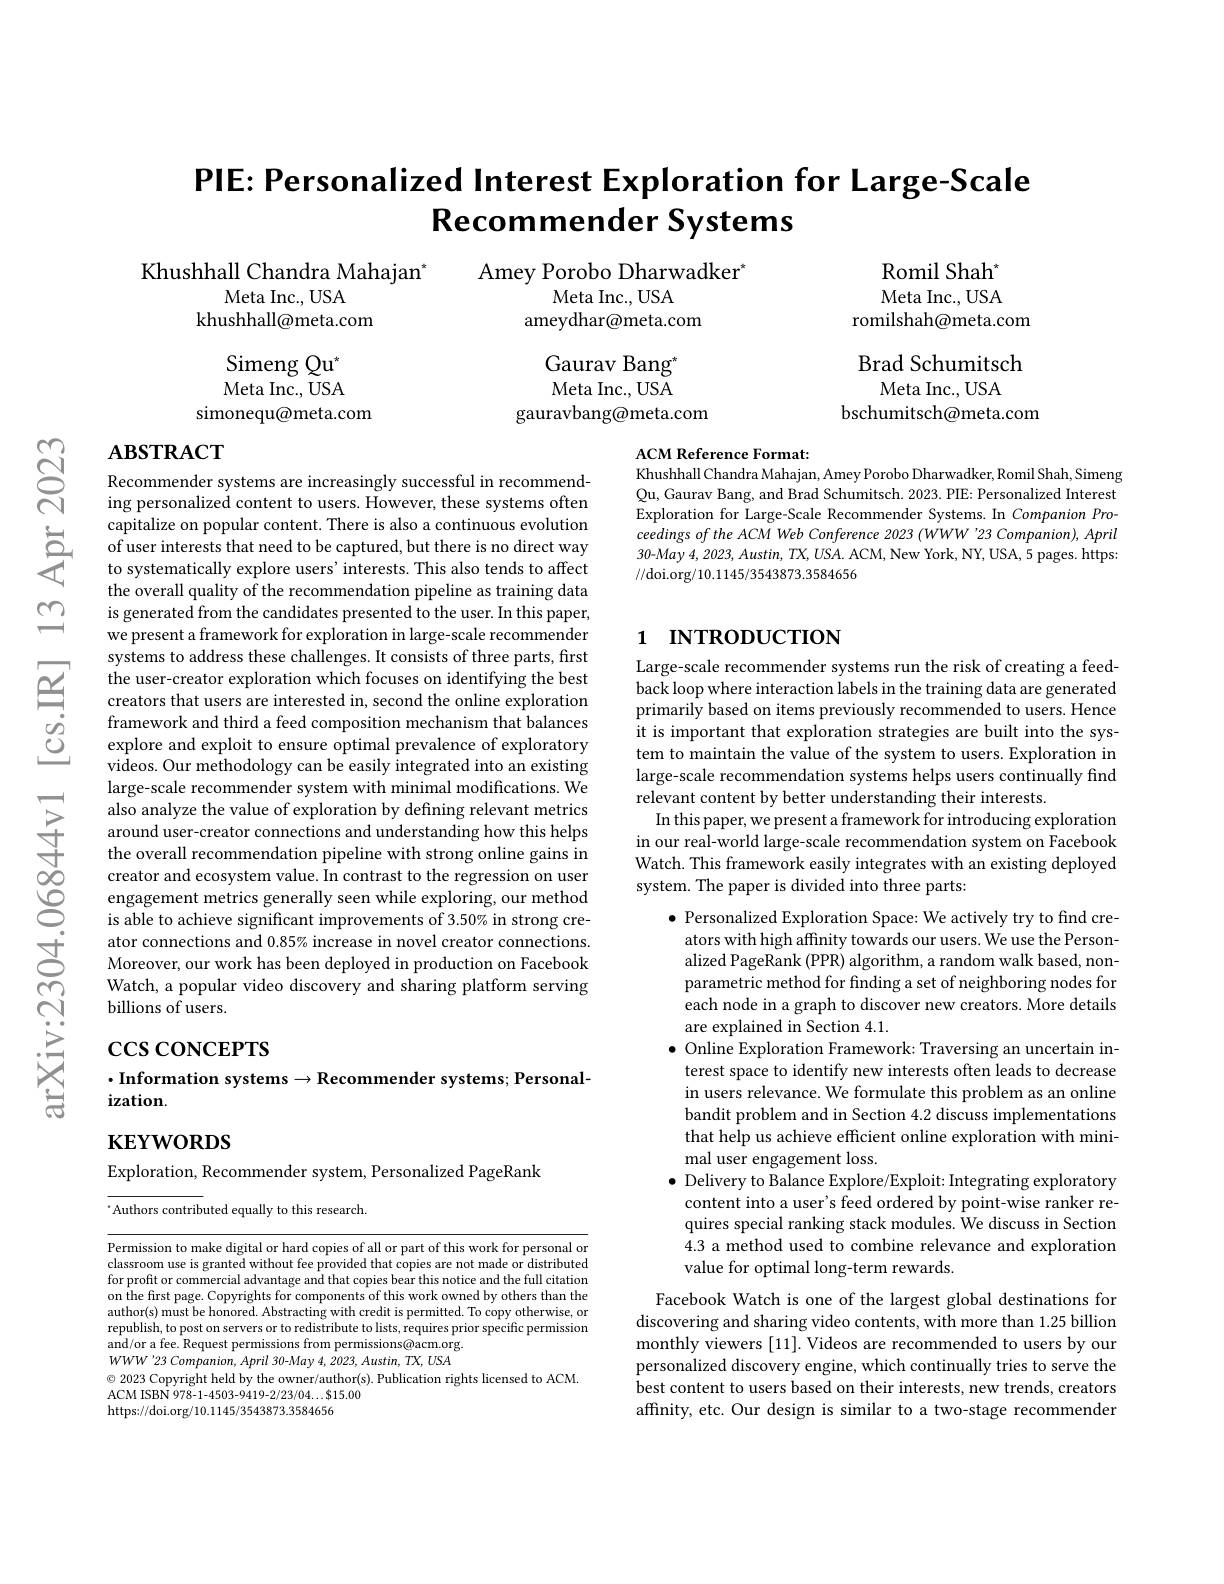
$ଟ୍ରି$

# PIE: Personalized Interest Exploration for Large-Scale $\textbf{Recommender Systems}$

Khushhall Chandra Mahajan$^{*}$
Meta Inc., USA
khushhall@meta.com

Amey Porobo Dharwadker$^*$
Meta Inc., USA
ameydhar@meta.com

$\mathrm{Romil~Shah}^{*}$ Meta Inc., USA
romilshah@meta.com

Brad Schumitsch
Meta Inc., USA

Simeng Qu$^*$ Meta Inc., USA
simonequ@meta.com

Gaurav Bang$^{*}$ Meta Inc., USA
gauravbang@meta.com

bschumitsch@meta.com

# AвзтRACT

### ACM Reference Format:
Khushhall Chandra Mahajan, Amey Porobo Dharwadker, Romil Shah, Simeng

Qu, Gaurav Bang, and Brad Schumitsch. 2023. PIE: Personalized Interest Exploration for Large-Scale Recommender Systems. In Companion Proceedings of the ACM Web Conference 2023 (WWW '23 Companion), April 30-May 4, 2023, Austin, TX, USA. ACM, New York, NY, USA, 5 pages. https: //doi.org/10.1145/3543873.3584656

# 1 INTRODUCTION

Recommender systems are increasingly successful in recommending personalized content to users. However, these systems often capitalize on popular content. There is also a continuous evolution
the overall quality of the recommendation pipeline as training data is generated from the candidates presented to the user. In this paper, we present a framework for exploration in large-scale recommender systems to address these challenges. It consists of three parts, first the user-creator exploration which focuses on identifying the best creators that users are interested in, second the online exploration framework and third a feed composition mechanism that balances explore and exploit to ensure optimal prevalence of exploratory videos. Our methodology can be easily integrated into an existing large-scale recommender system with minimal modifications. We also analyze the value of exploration by defining relevant metrics around user-creator connections and understanding how this helps the overall recommendation pipeline with strong online gains in creator and ecosystem value. In contrast to the regression on user engagement metrics generally seen while exploring, our method is able to achieve significant improvements of 3.50% in strong creator connections and 0.85% increase in novel creator connections. Moreover, our work has been deployed in production on Facebook Watch, a popular video discovery and sharing platform serving billions of users.

Large-scale recommender systems run the risk of creating a feedback loop where interaction labels in the training data are generated primarily based on items previously recommended to users. Hence it is important that exploration strategies are built into the system to maintain the value of the system to users. Exploration in large-scale recommendation systems helps users continually find relevant content by better understanding their interests.
In this paper, we present a framework for introducing exploration in our real-world large-scale recommendation system on Facebook Watch. This framework easily integrates with an existing deployed system. The paper is divided into three parts:

$\csc\cos$coNCEPTS

$\cdot$Information systems$\to$Recommender systems; Personal-
# $ization.$

$\bullet$ Personalized Exploration Space: We actively try to find creators with high affinity towards our users. We use the Personalized PageRank (PPR) algorithm, a random walk based, nonparametric method for finding a set of neighboring nodes for each node in a graph to discover new creators. More details are explained in Section 4.1.
$\bullet$ Online Exploration Framework: Traversing an uncertain interest space to identify new interests often leads to decrease in users relevance. We formulate this problem as an online bandit problem and in Section 4.2 discuss implementations that help us achieve efficient online exploration with minimal user engagement loss.
$\bullet$ Delivery to Balance Explore/Exploit: Integrating exploratory
content into a user's feed ordered by point-wise ranker requires special ranking stack modules. We discuss in Section 4.3 a method used to combine relevance and exploration value for optimal long-term rewards.

# $\mathbf{KEYWORDS}$

Exploration, Recommender system, Personalized PageRank

“Authors contributed equally to this research.

Permission to make digital or hard copies of all or part of this work for personal or classroom use is granted without fee provided that copies are not made or distributed for profit or commercial advantage and that copies bear this notice and the full citation on the first page. Copyrights for components of this work owned by others than the author(s) must be honored. Abstracting with credit is permitted. To copy otherwise, or republish, to post on servers or to redistribute to lists, requires prior specific permission and/or a fee. Request permissions from permissions@acm.org. $WWW^{\prime }23$ $Companion$, April $30- May$ 4, 2023, $Austin$, $TX$, $USA$ $\odot$ 2023 Copyright held by the owner/author(s). Publication rights licensed to ACM.
ACM ISBN 978- 1- 4503- 9419- 2/ 23/ 04$\ldots \$$15. 00
https://doi.org/10.1145/3543873.3584656

Facebook Watch is one of the largest global destinations for discovering and sharing video contents, with more than 1.25 billion monthly viewers [11]. Videos are recommended to users by our personalized discovery engine, which continually tries to serve the best content to users based on their interests, new trends, creators affinity, etc. Our design is similar to a two-stage recommender